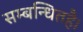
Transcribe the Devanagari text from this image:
सम्बन्धितहै।